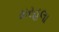
મરહલા